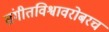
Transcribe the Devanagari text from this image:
संगीतविश्वावरोबरच